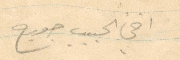
اخي الحبيب جورج